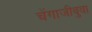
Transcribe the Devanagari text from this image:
चेंगाजीबुवा